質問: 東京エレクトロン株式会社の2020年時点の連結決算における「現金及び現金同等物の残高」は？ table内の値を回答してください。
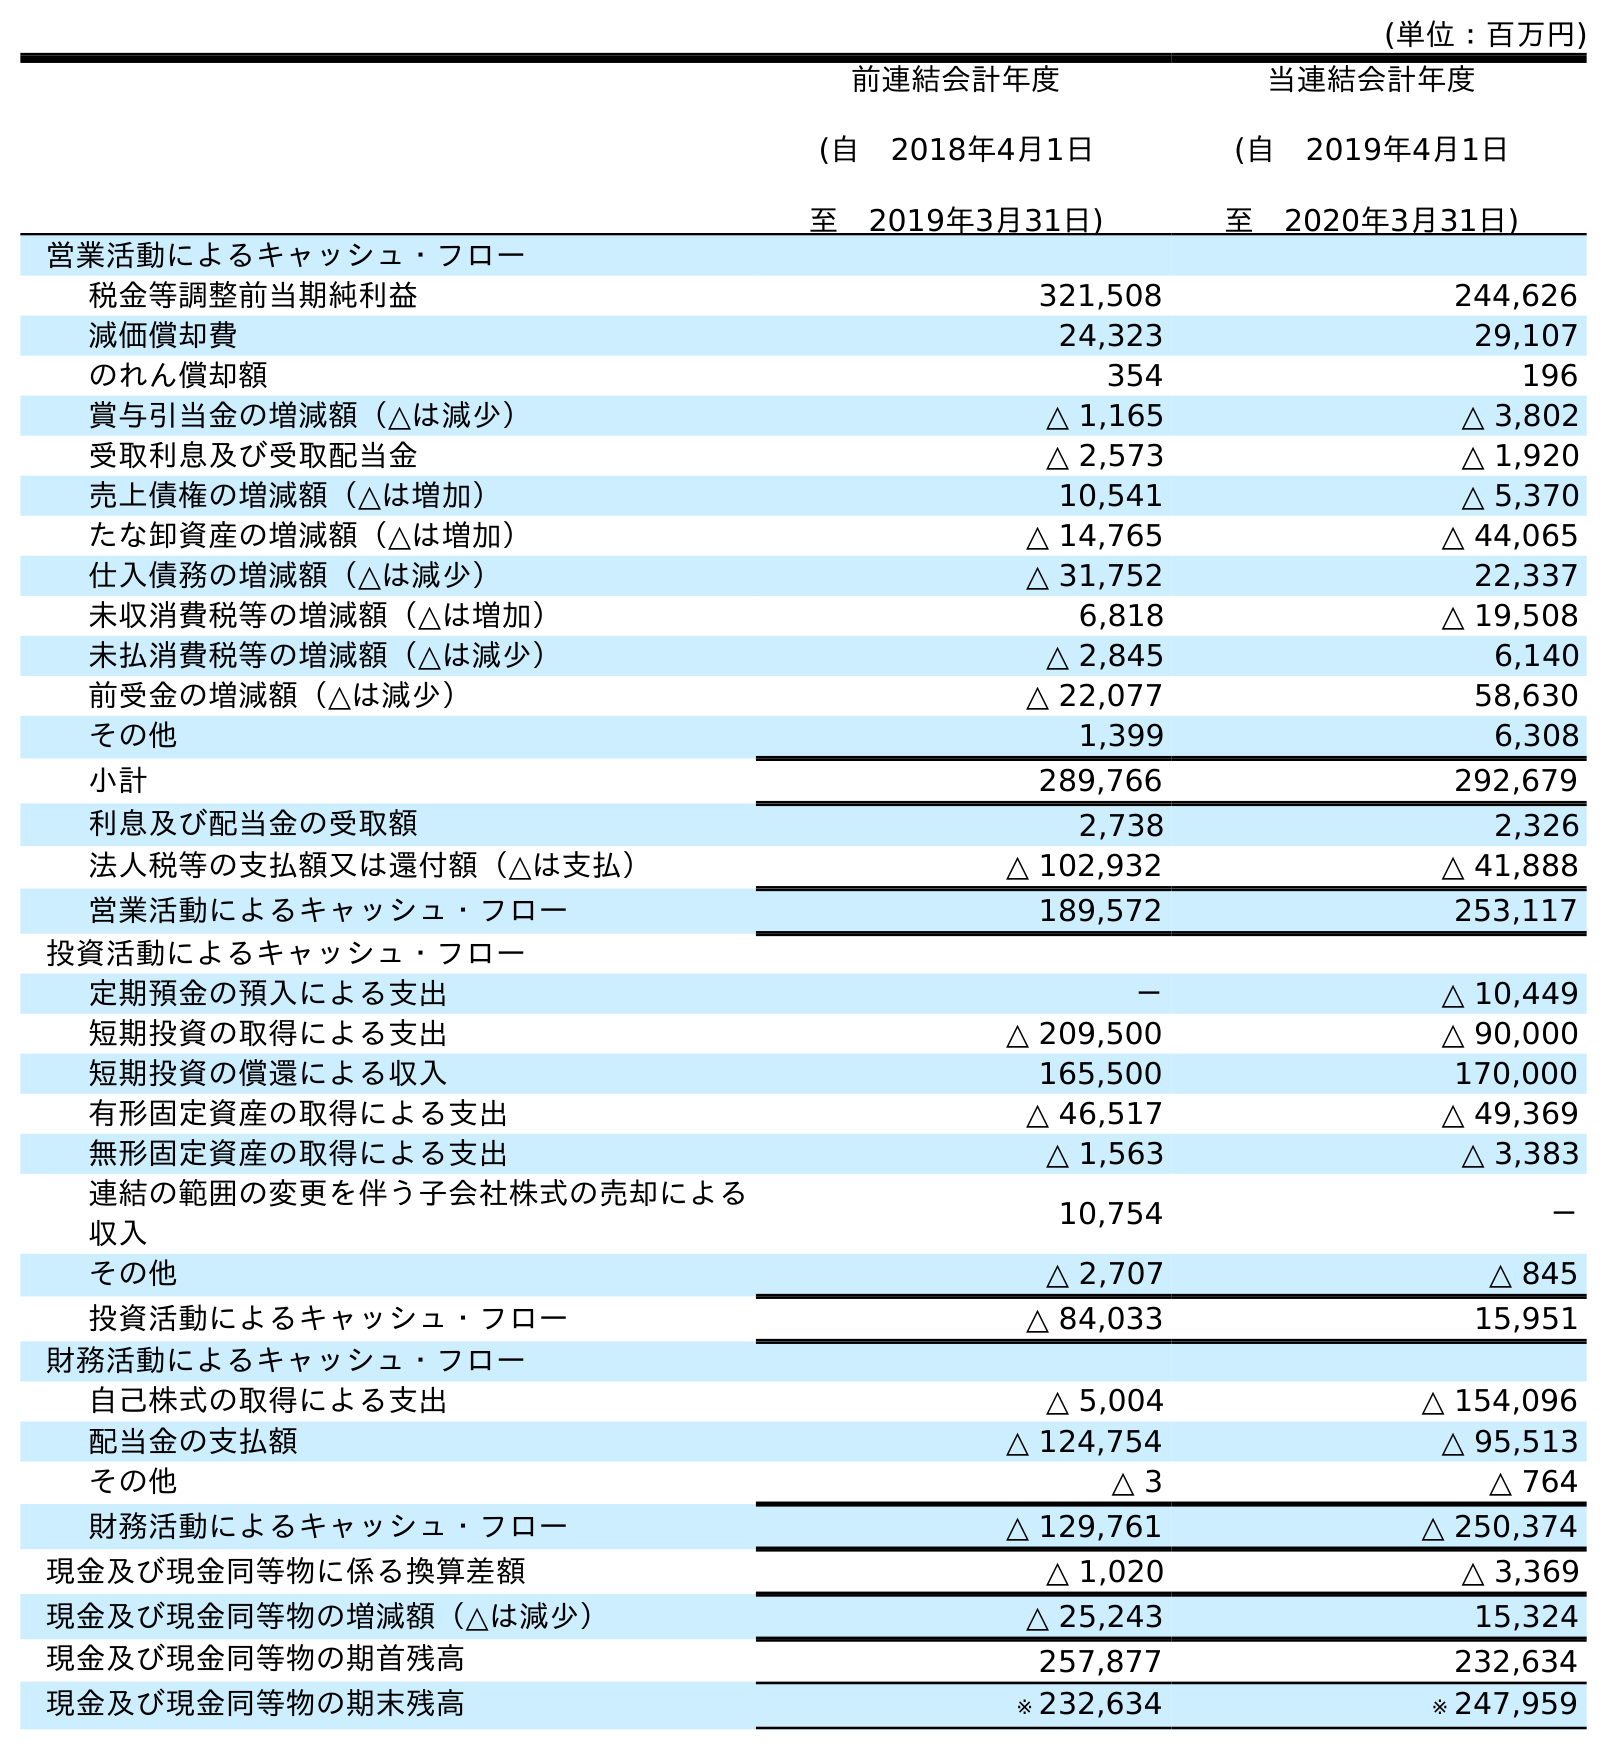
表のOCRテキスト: (単位：百万円) 前連結会計年度 (自 2018年4月1日 至 2019年3月31日) 当連結会計年度 (自 2019年4月1日 至 2020年3月31日) 営業活動によるキャッシュ・フロー 税金等調整前当期純利益 321,508 244,626 減価償却費 24,323 29,107 のれん償却額 354 196 賞与引当金の増減額（△は減少） △ 1,165 △ 3,802 受取利息及び受取配当金 △ 2,573 △ 1,920 売上債権の増減額（△は増加） 10,541 △ 5,370 たな卸資産の増減額（△は増加） △ 14,765 △ 44,065 仕入債務の増減額（△は減少） △ 31,752 22,337 未収消費税等の増減額（△は増加） 6,818 △ 19,508 未払消費税等の増減額（△は減少） △ 2,845 6,140 前受金の増減額（△は減少） △ 22,077 58,630 その他 1,399 6,308 小計 289,766 292,679 利息及び配当金の受取額 2,738 2,326 法人税等の支払額又は還付額（△は支払） △ 102,932 △ 41,888 営業活動によるキャッシュ・フロー 189,572 253,117 投資活動によるキャッシュ・フロー 定期預金の預入による支出 － △ 10,449 短期投資の取得による支出 △ 209,500 △ 90,000 短期投資の償還による収入 165,500 170,000 有形固定資産の取得による支出 △ 46,517 △ 49,369 無形固定資産の取得による支出 △ 1,563 △ 3,383 連結の範囲の変更を伴う子会社株式の売却による 収入 10,754 － その他 △ 2,707 △ 845 投資活動によるキャッシュ・フロー △ 84,033 15,951 財務活動によるキャッシュ・フロー 自己株式の取得による支出 △ 5,004 △ 154,096 配当金の支払額 △ 124,754 △ 95,513 その他 △ 3 △ 764 財務活動によるキャッシュ・フロー △ 129,761 △ 250,374 現金及び現金同等物に係る換算差額 △ 1,020 △ 3,369 現金及び現金同等物の増減額（△は減少） △ 25,243 15,324 現金及び現金同等物の期首残高 257,877 232,634 現金及び現金同等物の期末残高 ※ 232,634 ※ 247,959
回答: ※247,959